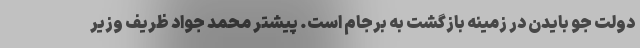
دولت جو بایدن در زمینه بازگشت به برجام است. پیشتر محمد جواد ظریف وزیر